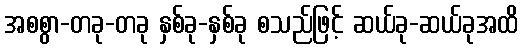
အစစွာ-တခု-တခု နှစ်ခု-နှစ်ခု စသည်ဖြင့် ဆယ်ခု-ဆယ်ခုအထိ